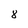
Character: 8